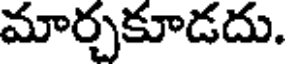
మార్చకూడదు.